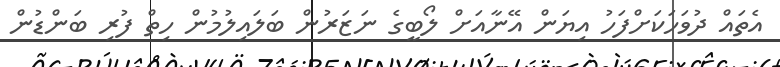
އެތައް ދުވަހަކަށްފަހު އިޔަން އޭނާއަށް ލޯބީގެ ނަޒަރުން ބަލައިލުމުން ހިތް ފުރި ބަންޑުން